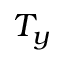
T _ { y }